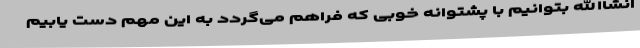
انشاالله بتوانیم با پشتوانه خوبی که فراهم می‌گردد به این مهم دست یابیم